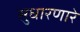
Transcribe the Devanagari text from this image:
सुधारणारे